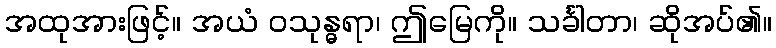
အထုအားဖြင့်။ အယံ ဝသုန္ဓရာ၊ ဤမြေကို။ သင်္ခါတာ၊ ဆိုအပ်၏။